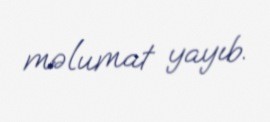
məlumat yayıb.